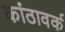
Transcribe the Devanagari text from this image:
कांठावर्क